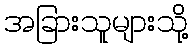
အခြားသူများသို့